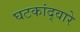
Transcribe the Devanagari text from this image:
घटकांद्वारे